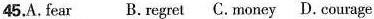
45.A.fear B.regret C.money D. courage